Vital statistics of India. Vol. IV, Annual returns from 1871 to 1876. British Army of India, Native Army and jails of Bengal
Year: 1871
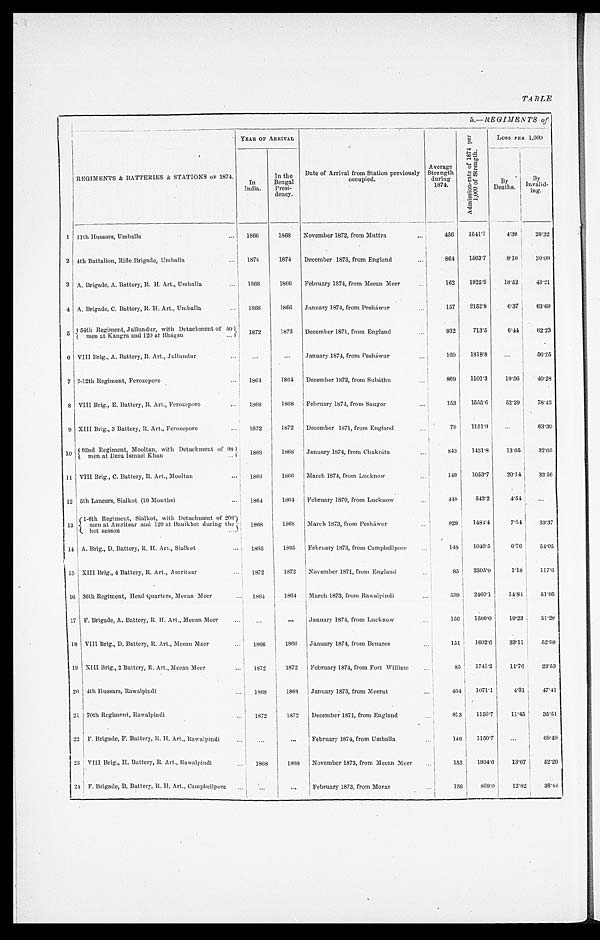
TABLE
5.—REGIMENTS
of
REGIMENTS & BATTERIES & STATIONS OF 1874.
YEAR OF ARRIVAL
Date of Arrival from Station previously
occupied.
Average
Strength
during
1874.
A d m i s s i o n - r a t e o f 1 8 7 4 p e r 1 , 0 0 0 o f S t r e n g t h .
Loss PER 1,000
In
India.
In the
Bengal
Presi-
dency.
B y
Deaths.
By
Invalid-
ing.
1 11th Hussars, Umballa . . .
1866
1868
November 1872, from Muttra
456
1541.7
4.39
26.32
2 4th Battalion, Rifle Brigade, Umballa . . .
1874
1874
December 1873, from England
864
1563.7
8.10
3 0 . 0 9
3 A. Brigade, A. Battery, R. H. Art., Umballa . . .
1866
1866
February 1874, from Meean Meer . . .
162
1925.9
18.52
43.21
4 A. Brigade, C. Battery, R. H. Art., Umballa . . .
1866
1866
January 1874, from Pesháwur . . .
157
2152.8
6.37
63.69
5 54th Regiment, Jullundur, with Detachment of 50
men at Kangra and 120 at Bhágsu . . .
1 8 7 2
1872
December 1871, from England . . .
932
713.5
6.44
62.23
6 VIII Brig., A. Battery, R. Art., Jullundur . . .
. . .
. . .
January 1874, from Pesháwur . . .
160
1818.8
. . .
56.25
7 2-12th Regiment, Ferozepore . . .
1864
1864
December 1872, from Subáthu . . .
869
1101.3
19.56
40.28
8 VIII Brig., E. Battery, R. Art., Ferozepore . . .
1868
1868
February 1874, from Saugor . . .
153
1555.6
52.29
78.43
9 XIII Brig., 3 Battery, R. Art., Ferozepore . . .
1872
1872
December 1871, from England . . .
79
1151.9
. . .
63.30
10
92nd Regiment, Mooltan, with Detachment of 98
men at Dera Ismael Khan . . .
1868
1868
January 1874, from Chakráta . . .
843
1431.8
13.05
32.03
11 VIII Brig., C. Battery, R. Art., Mooltan
1866
1866
March 1874, from Lucknow . . .
149
1053.7
20.14
33.56
12 5th Lancers, Sialkot (10 Months) . . .
1864
1864
February 1870, from Lucknow . . .
440
543.2
4.54
. . .
1 3
(1-6th Regiment, Sialkot, with Detachment of 208 men at Amritsar and 120 at Bauikhet during the hot season . . .
1868
1868
March 1873, from Pesháwur . . .
929
1484.4
7.54
33.37
14 A. Brig., D. Battery, R. H. Art., Sialkot . . .
1865
1865
February 1873, from Campbellpore . . .
148
1040.5
6.76
54.05
15 XIII Brig., 4 Battery, R. Art., Amritsar . . .
1872
1872
November 1871, front England . . .
85
2505.9
1.18
117.6
16 36th Regiment, Head Quarters, Meean Meer . . .
1864
1864
March 1873, from Rawalpindi . . .
539
2460.1
14.84
51.95
17 F. Brigade, A. Battery, R. H. Art., Meean Meer . . .
. . .
. . .
January 1874, front Lucknow . . .
156
1500.0
19.23
51.28
18 VIII Brig., D. Battery, R. Art., Meean Meer . . .
1866
1866
January 1874, from Benares . . .
151
1602.6
33.11
52.98
19 XIII Brig., 2 Battery, R. Art., Meean Meer . . .
1872
1872
February 1874, from Fort William . . .
85
1741.2
11.76
23.53
20 4th Hussars, Rawalpindi . . .
1868
1868
January 1873, front Meerut . . .
464
1071.1
4.31 47.41
21 70th Regiment, Rawalpindi . . .
1872
1872
December 1871, from England . . .
873
1156.7
11.45
35.51
22 F. Brigade, F. Battery, R. H. Art., Rawalpind . . .
. . .
. . .
February 1874, from Umballa . . .
146
1150.7
. . .
68.49
23 VIII Brig., H. Battery, R. Art., Rawalpindi . . .
1868
1868
November 1873, from Meean Meer . . .
153
1934.6
13.07
52.29
24 F. Brigade, B. Battery, R. H, Art., Campbellpore . . .
. . .
. . .
February 1873, from Morar . . .
156
859.0
12.82
38.46